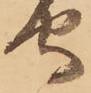
守